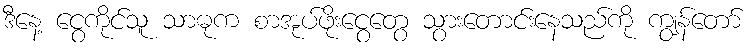
ဒီနေ့ ငွေကိုင်သူ သာဓုက စာအုပ်ဖိုးငွေတွေ သွားတောင်းနေသည်ကို ကျွန်တော်